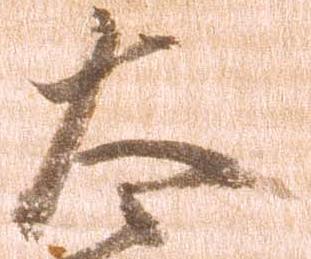
太